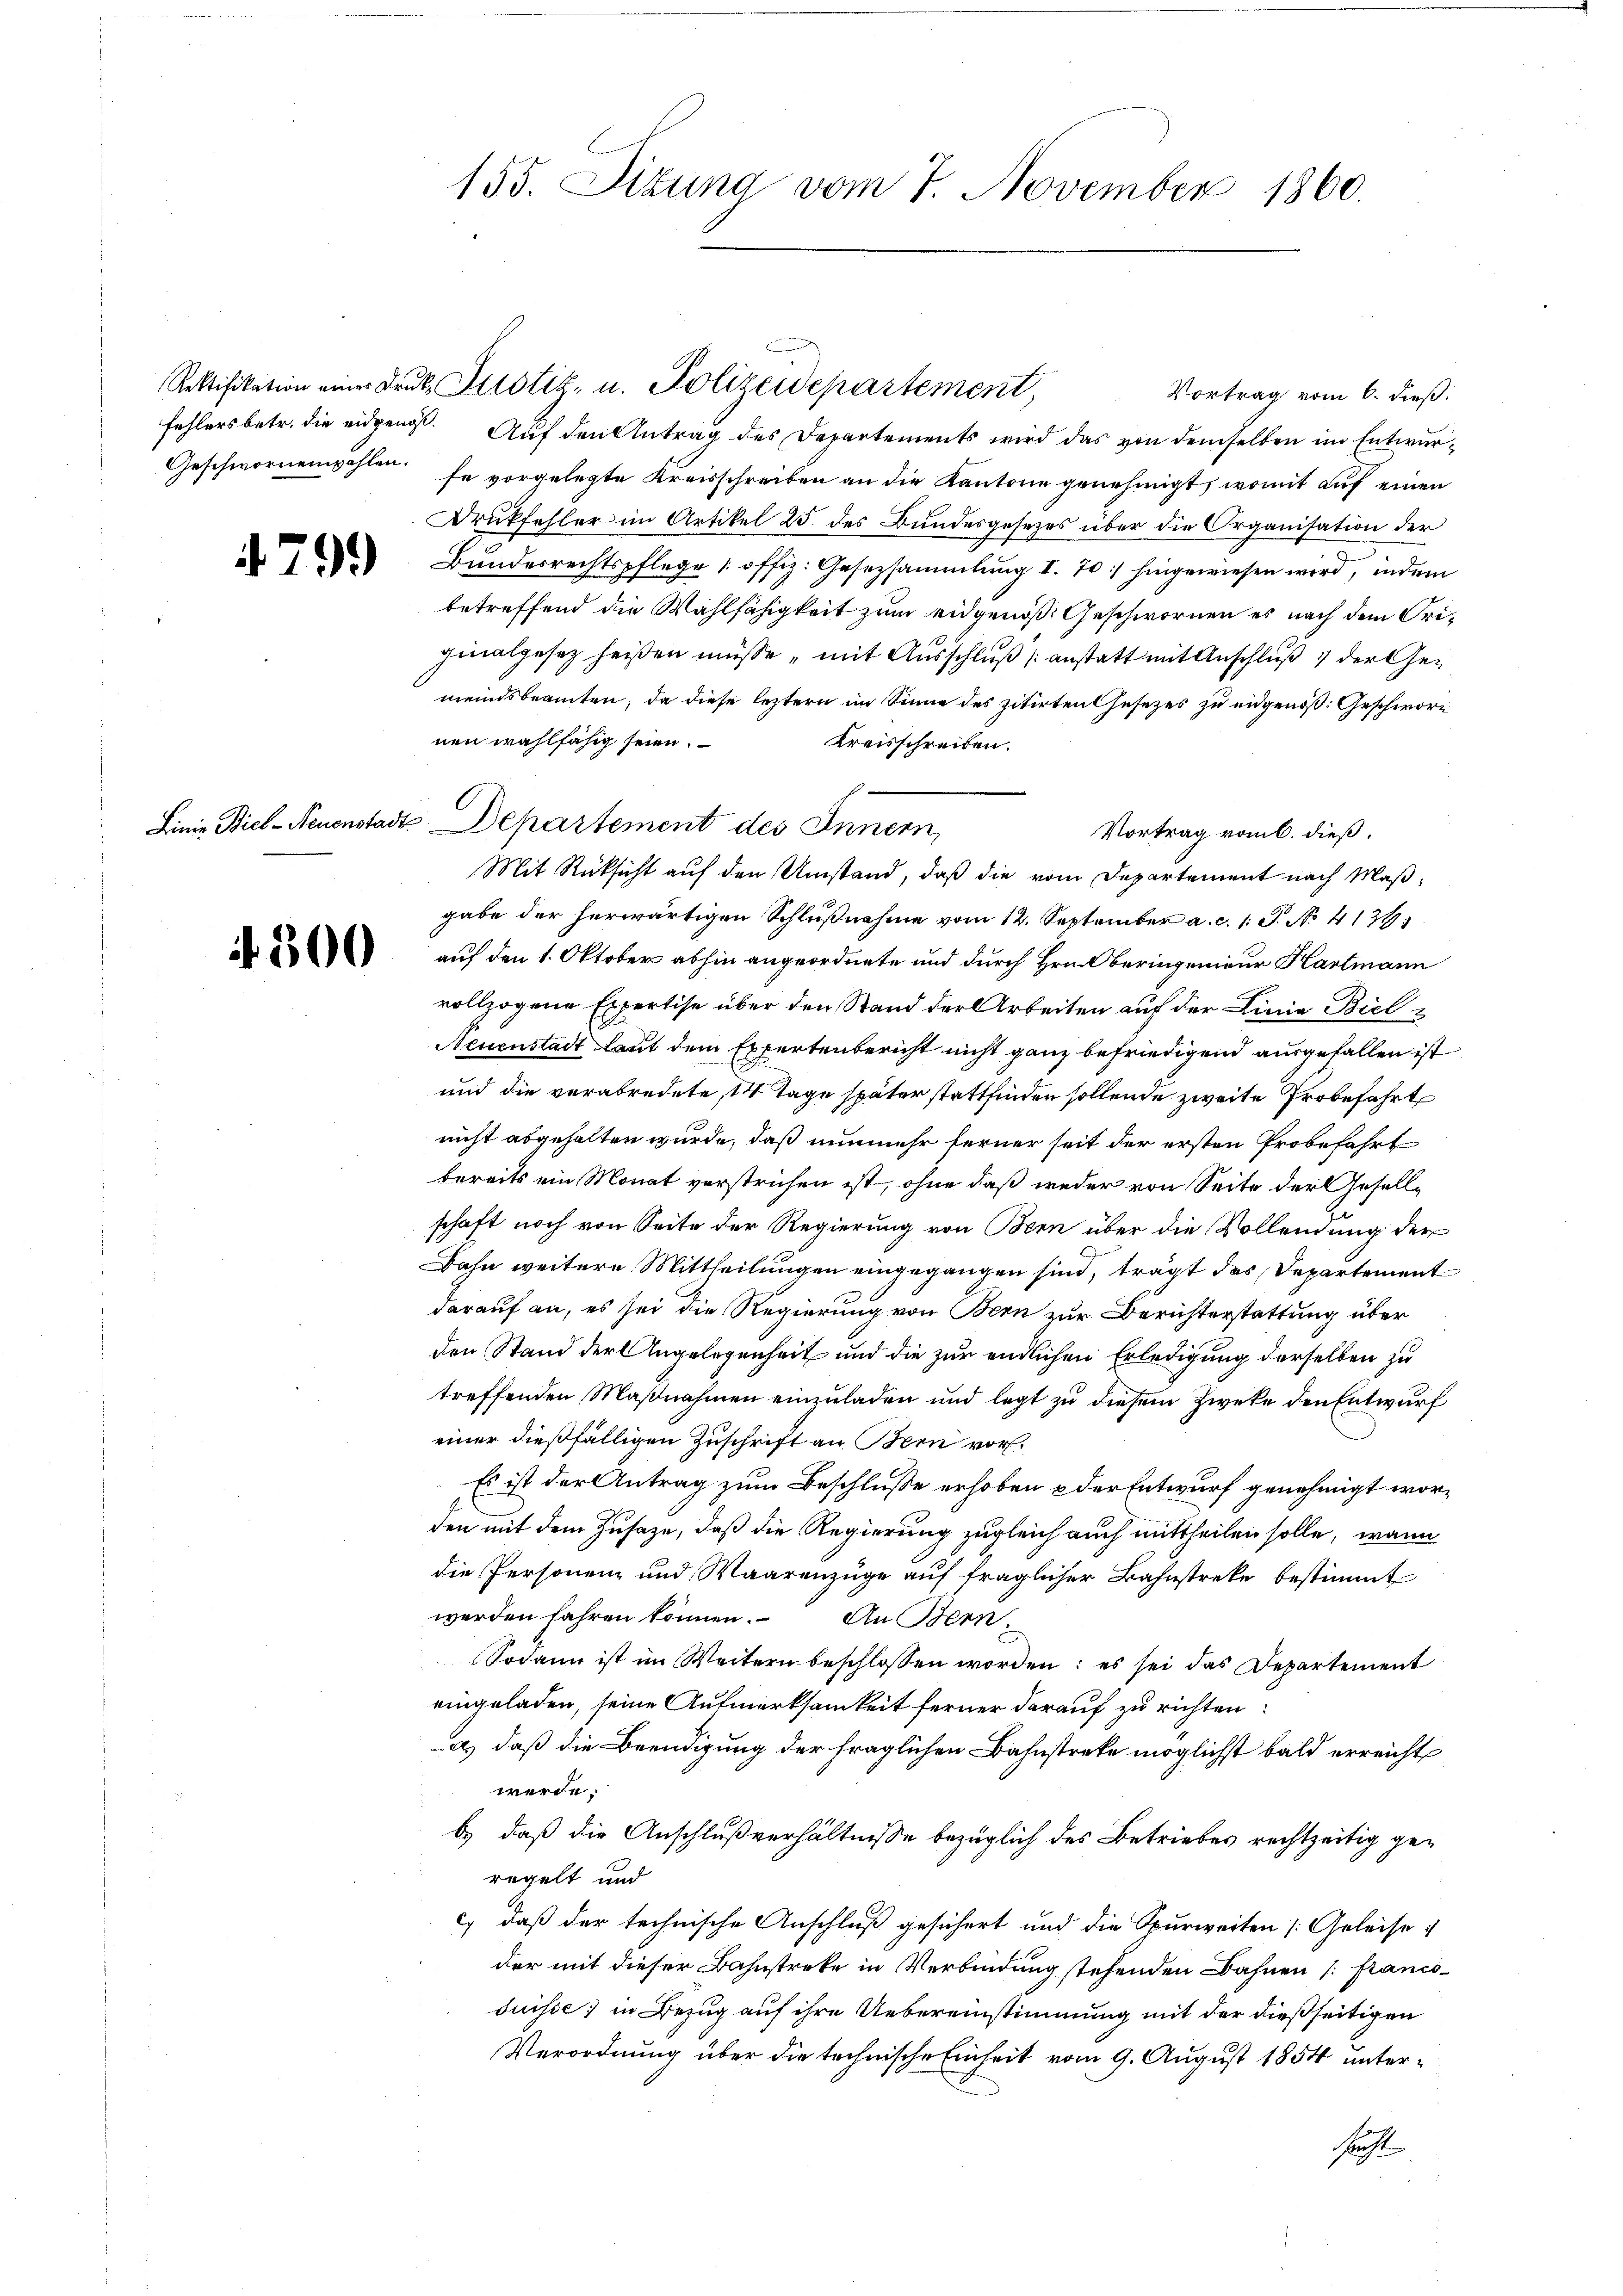
Rektifikation einer Druk Sistiz- u. Polizeidepartement,
Vortrag vom 6. dieß:
fehlers betr. die eidgenos. Auf den Antrag des Departements wird das von demselben im Entwur¬
Geschwornenwahlen. Er vorgelegte Kreisschreiben an die Kantone genehmigt, womit auf einen
Druckfehler im Artikel 25. des Bundesgesezes über die Organisation der
 Bŭndesrechtspflege u. offiz. Gesetzsammlung I. 70) hingewiesen wird, indem
betreffend die Wahlfähigkeit zum eidgenoß Geschwornen es nach dem Orifinalgesez heißen müsse, mit Ausschluß anstatt mit Anschluß der Gemeindsbeamten, da diese leztern im Sinne des zitirten Gesezes zu eidgenöß: Geschwore
nen wahlfähig seien.
Kreisschreiben.
Vortrag vom C. dieß.
Mit Rücksicht auf den Umstand, daß die vom Departement nach Maßgabe der herwärtigen Schlußnahme vom 12. September a. c. 1 S. No. 4136.
 aŭf den 1. Oktober abhin angeordnete und dŭrch Hrn. Beringenieŭr Hartmann
vollzogene Expertise über den Stand der Arbeiten auf der Linie Biel
Neuenstadt laut dem Expertenbericht nicht ganz befriedigend ausgefallen ist
und die verabredete, 14 Tage später stattfinden sollende zweite Probefahrt
nicht abgehalten würde, daß nunmehr ferner seit der ersten Probefahrt
bereits ein Monat verstrichen ist, ohne daß weder von Seite der Gesellschaft noch von Seite der Regierung von Bern über die Vollendung der
Bahn weitere Mittheilungen eingegangen sind, trägt des Departement
darauf an, es sei die Regierung von Bern zur Berichterstattung über
den Stand der Angelegenheit und die zur endlichen Erledigung derselben zu
treffenden Maßnahmen einzuladen und legt zu diesem Zweke den Entwurf
einer dießfälligen Zuschrift an Bern vor¬
Es ist der Antrag zum Beschlusse erhoben & der Entwurf genehmigt worden mit dem Zusaze, daß die Regierung zugleich auch mittheilen solle, wann
die Personenz und Waarenzüge auf fraglicher Bahnstreke bestimmt
werden fahren können. An Bern
Sodann ist im Weitern beschlossen worden; es sei das Departement
eingeladen, seine Aufmerksamkeit ferner darauf zu richten:
a), daß die Beendigung der fraglichen Bahnstreke möglichst bald erreicht
werde.
b.) daß die Anschlußverhältnisse bezüglich des Betriebes rechtzeitig geregelt und
c) daß der technische Anschluß gesichert und die Spurweiten [Geleise:
der mit dieser Bahnstreke in Verbindung stehenden Bahnen (: franco
duisse, in Bezug auf ihre Uebereinstimmung mit der dießseitigen
Verordnung über die technische Einheit vom 9. August 1854 untersucht

155. Situng vom 7. November 1860.

Linie Biel-Neuenstadt Departement des Innern,